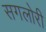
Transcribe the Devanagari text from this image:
सगलोरी